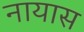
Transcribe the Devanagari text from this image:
नायास